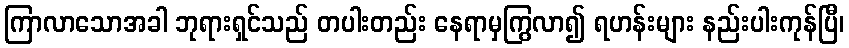
ကြာလာသောအခါ ဘုရားရှင်သည် တပါးတည်း နေရာမှကြွလာ၍ ရဟန်းများ နည်းပါးကုန်ပြီ၊